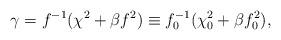
LaTeX: \begin{align*}\gamma=f^{-1}(\chi^2+\beta f^2)\equiv f_0^{-1}(\chi_0^2+\beta f_0^2),\end{align*}